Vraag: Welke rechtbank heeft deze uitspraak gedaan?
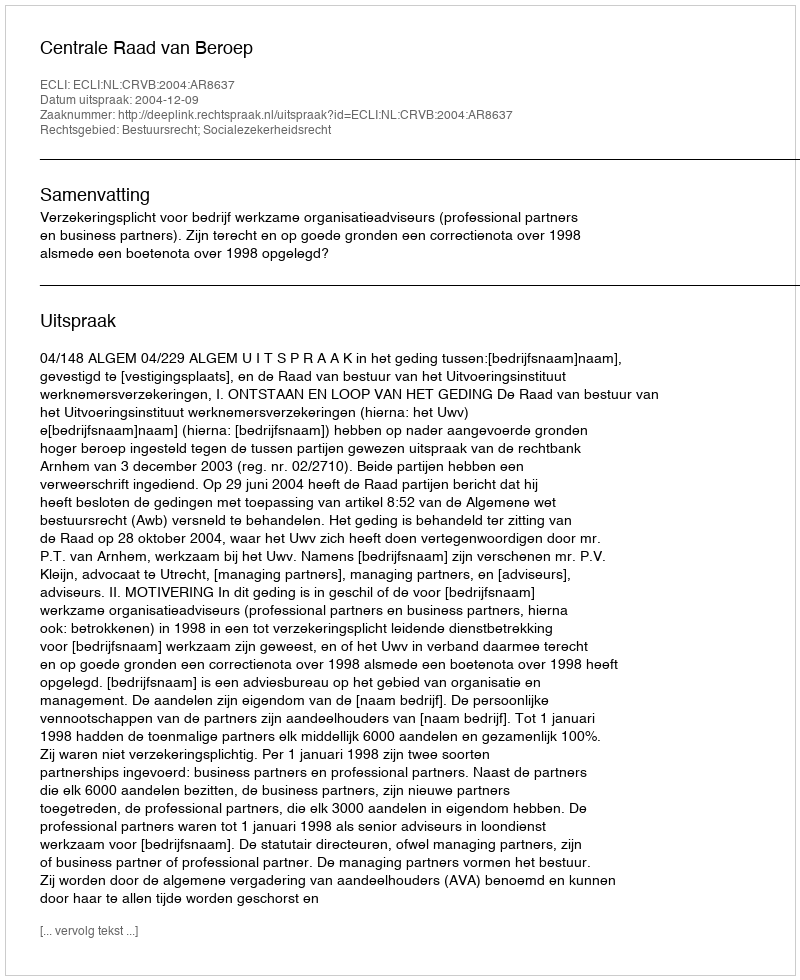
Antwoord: Centrale Raad van Beroep